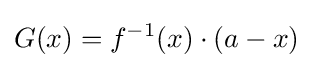
G(x)=f^{-1}(x)\cdot (a-x)